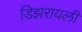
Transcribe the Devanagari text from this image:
डिझरायली